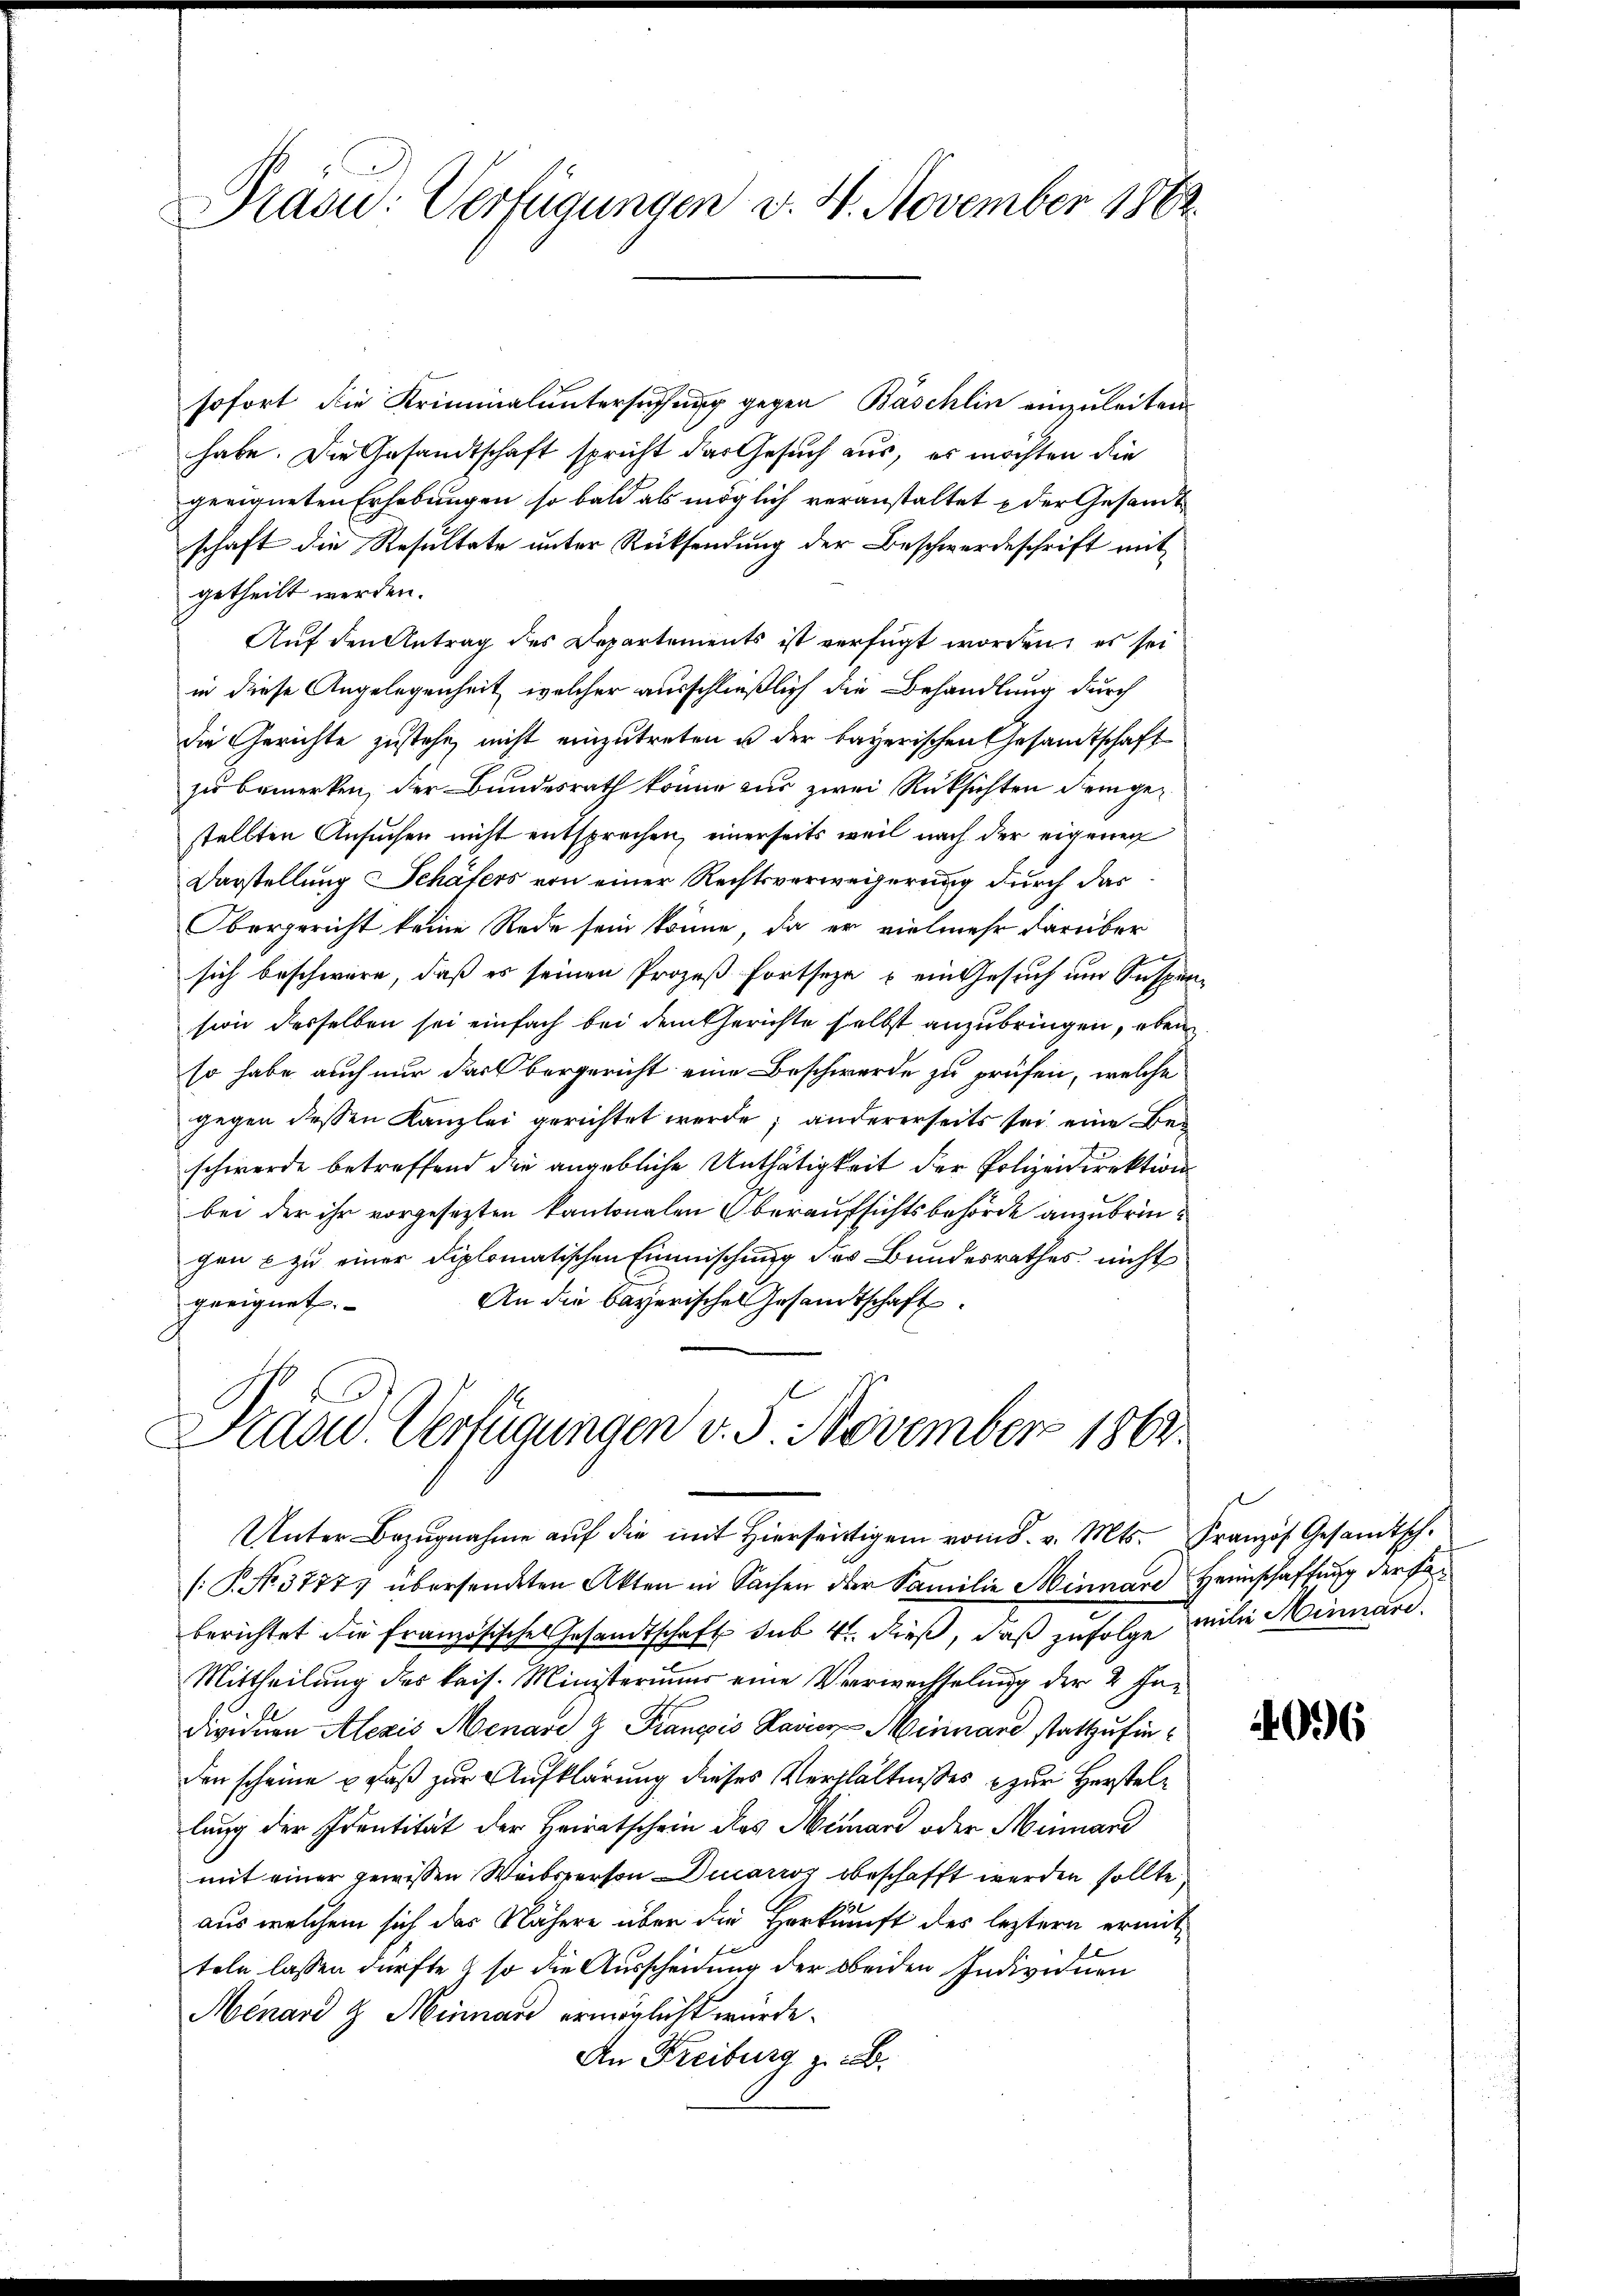
Präsid.: Verfügungen v. 4. November 1862

sofort die Krimmaluntersuchung gegen Bäschlin einzuleiten
habe. Die Gesandtschaft spricht das Gesuch aus, es möchten die
geeigneten Erhebungen so bald als möglich veranstaltet der Gesandt
schaft die Resultate unter Rücksendung der Beschwerdeschrift mit
getheilt werden.
Auf den Antrag des Departements ist verfügt worden, es sei
in diese Angelegenheit, welcher ausschließlich die Behandlung durch
die Gerichte zustehe, nicht einzutreten u der bayerischen Gesandtschaft
zu bemerken, der Bundesrath könne zur zwei Rücksichten dem gestellten Ansuchen nicht entsprechen, einerseits weil nach der eigenen
Darstellung Schäfers von einer Rechtsverweigerung durch das
Obergericht keine Rede sein könne, da er vielmehr darüber
sich beschwäre, daß es seinen Prozeß fortseze u ein Gesuch um Suspension desselben sei einfach bei dem Gerichte selbst anzubringen, eben
so habe auch nur dass bergericht eine Beschwerde zu prüfen, welche
gegen dessen Kanzlei gerichtet werde; andererseits sei eine Beschwerde betreffend die angebliche Unthätigkeit der Polizeidirektion
bei der ihr vorgesezten kantonalen Oberaufsichtsbehörde anzubrinchen & zu einer diplomatischen Einmischung des Bundesrathes nicht
An die bayerisches Gesandtschaft
geeignet.

Stand. Verfügungen v. 5. November 1862.
Unter Bezŭgnahme aŭf die mit hierseitigen vom 8. v. Mts. Französ. Gesandtsch.

[: P. No. 37777 übersendeten Akten in Sachen der Familie Minnare Heimschaffung der Faberichtet die französische Gesandtschaft sub 4 dieß, daß zufolge milie Minnard.
Mittheilung des kais. Ministeriums eine Verwechselung der 2 Ja¬
Dividuen Alezis Menare & Franzis Marier Meinand stattzufinden scheine u. daß zur Aufklärung dieses Verhältnisses zur Herstellung der Eventität der Heiratschein des Meinand oder Minnand
mit einer gewissen Weibsperson Ducarroz beschafft werden sollte,
aus welchem sich das Nähere über die Herkunft des leztern ermitteln lassen dürfte & so die Ausscheidung der beiden Individuen
Menard & Minnare ermöglicht würde.
An Freiburg z. B.

4096